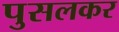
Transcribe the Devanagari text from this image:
पुसलकर